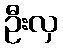
ဦးလှ